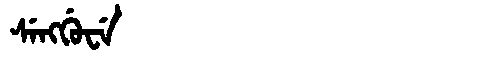
Manchu: ᠰᡝᠩᡤᡠᠸᡝ
Romanization: SENGGUWE